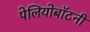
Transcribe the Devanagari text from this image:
पेलियोबॉटनी